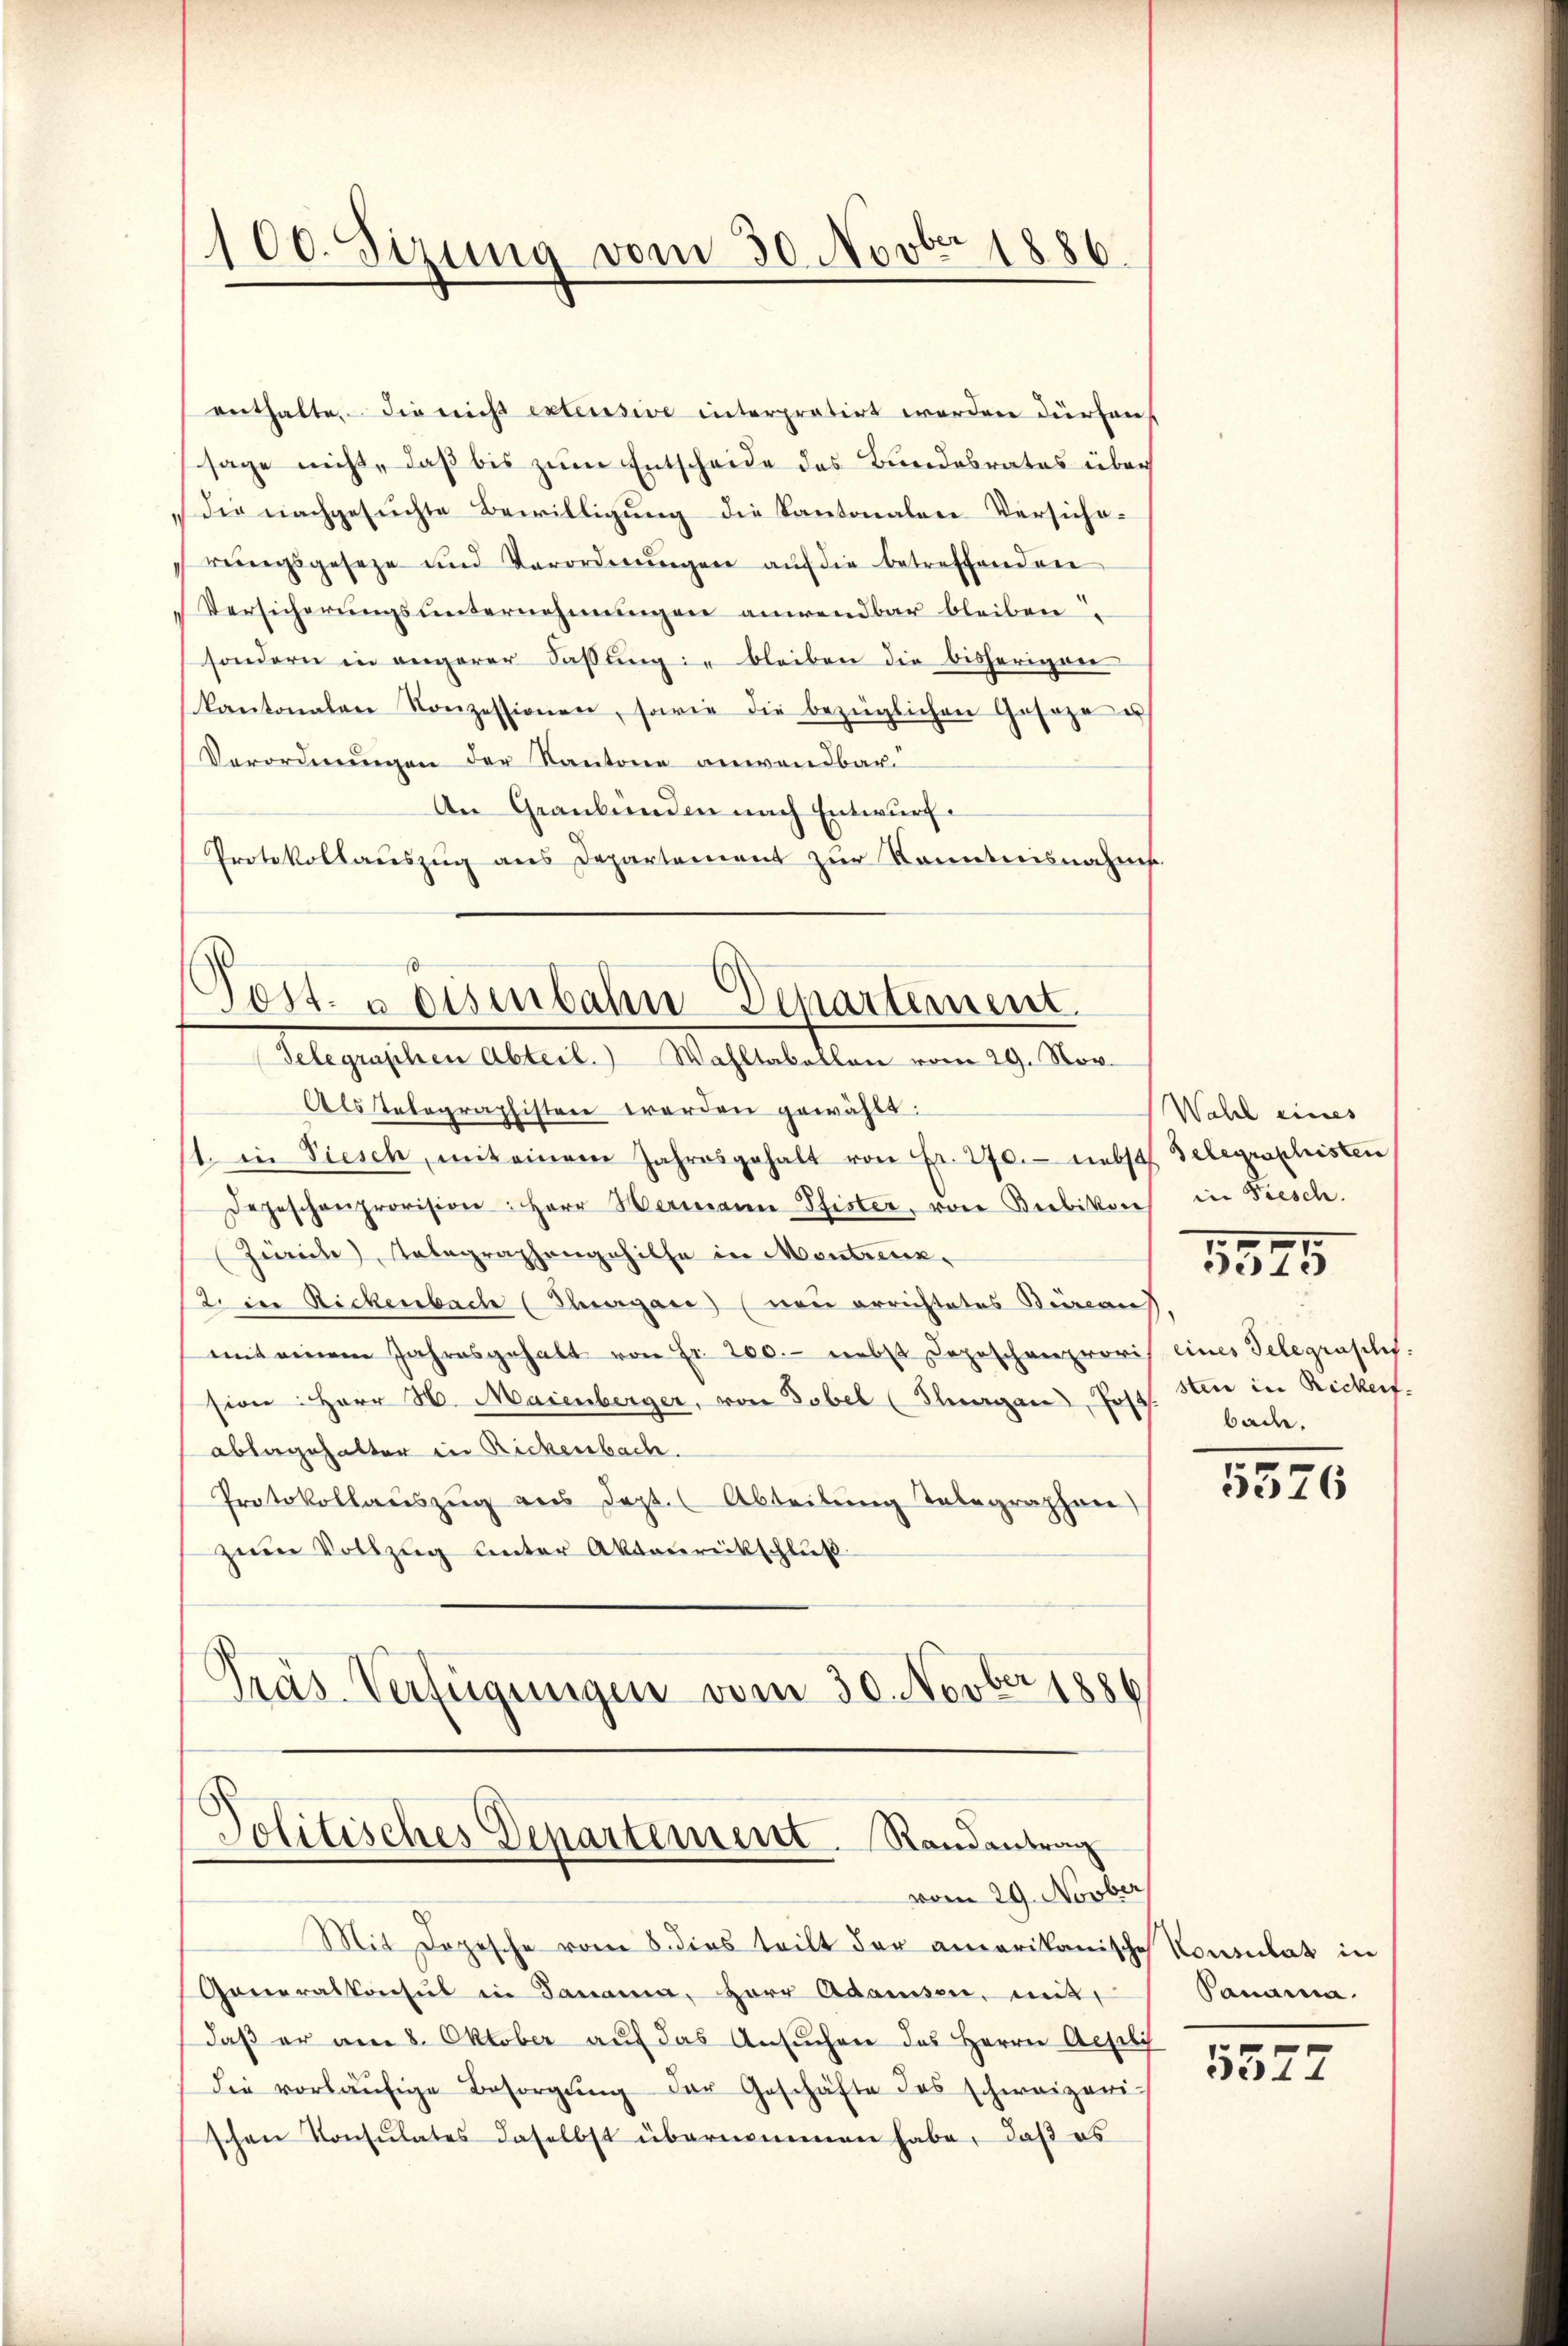
100. Sizung vom 30. Novbr. 1886.

enthalte. Die nicht extensive interpretirt worden dürfen
sage nicht, daß bis zum Entscheide des Bundesrates über
die nachgesuchte Bewilligung die Kantonalen Versicherŭngsgeseze und Verordnŭngen aŭf die betreffenden
Versicherungsunternehmungen anwendbar bleiben
sondern in angerer Fassung in bleiben die bisherigen
kantonalen Konzessionen, sowie die bezüglichen Geseze u
Verordnŭngen der Kantone anwendbar.
An Graubünden nach Entwurf
Protokollauszug aus Departement zur Kenntnisnahmt.
d
Post. geisenbahn-Departement

Telegraphen Abteil. Wahltabellen vom 29. Nov.

Politisches Departement. Randantrag

Als Telegraphisten werden gewählt:
11. in Viesch, mit einem Jahresgehalt von Fr. 270. nebst Gelegesschristen
degeschenprovision: Herr Hermann Pfister, von Bebikon in Fiesch.
Zürich Telegraphengehilfe in Montrick¬
2. in Rickenbach (Thurgau) (neu errichtetes Beraus
mit einem Jahresgehalt von Fr. 200.- nebst Depeschenproris eines Telegraschifsion: Herr H. Maienberger, von Tobel (Thurgau, Post. Hier in Rickert.
ablagehalter in Rickenbach.
Protokollaŭszŭg aus Sept. (Abteilŭng Telegraphon)
zŭm Vollzŭg ŭnter Akteŭrückschlŭβ
Pras Verfügungen vom 30. Novber 1886

vom 29. Novber
Mit Depesche vom 5. dies teilt der amerikanische
Generalkonsul in Panama, Herr Adamsen, mit
daβ er am 8. Oktober auf das Ansŭchen des Herrn Aesch
die vorläŭfige Besorgŭng der Geschäfte des schweizerischen Konsulates daselbst übernommen habe, daß es

Wahl eines
bad.

1595

5576

Konsulat in
Panama.

5527